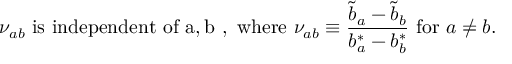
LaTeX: \nu _ { a b } ~ { \mathrm { i s ~ i n d e p e n d e n t ~ o f ~ a , b ~ , ~ w h e r e } } ~ \nu _ { a b } \equiv { \frac { { \widetilde b } _ { a } - { \widetilde b } _ { b } } { b _ { a } ^ { * } - b _ { b } ^ { * } } } ~ { \mathrm { f o r } } ~ a \not = b .